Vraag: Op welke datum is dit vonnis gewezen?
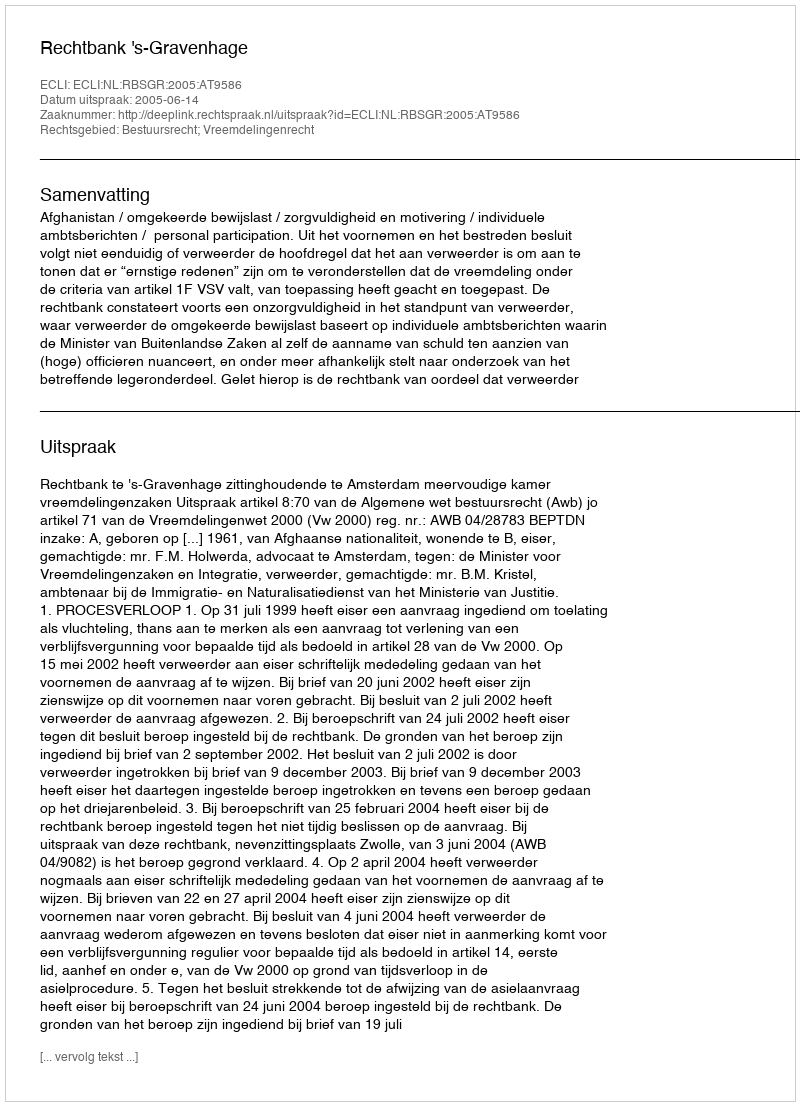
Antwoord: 2005-06-14